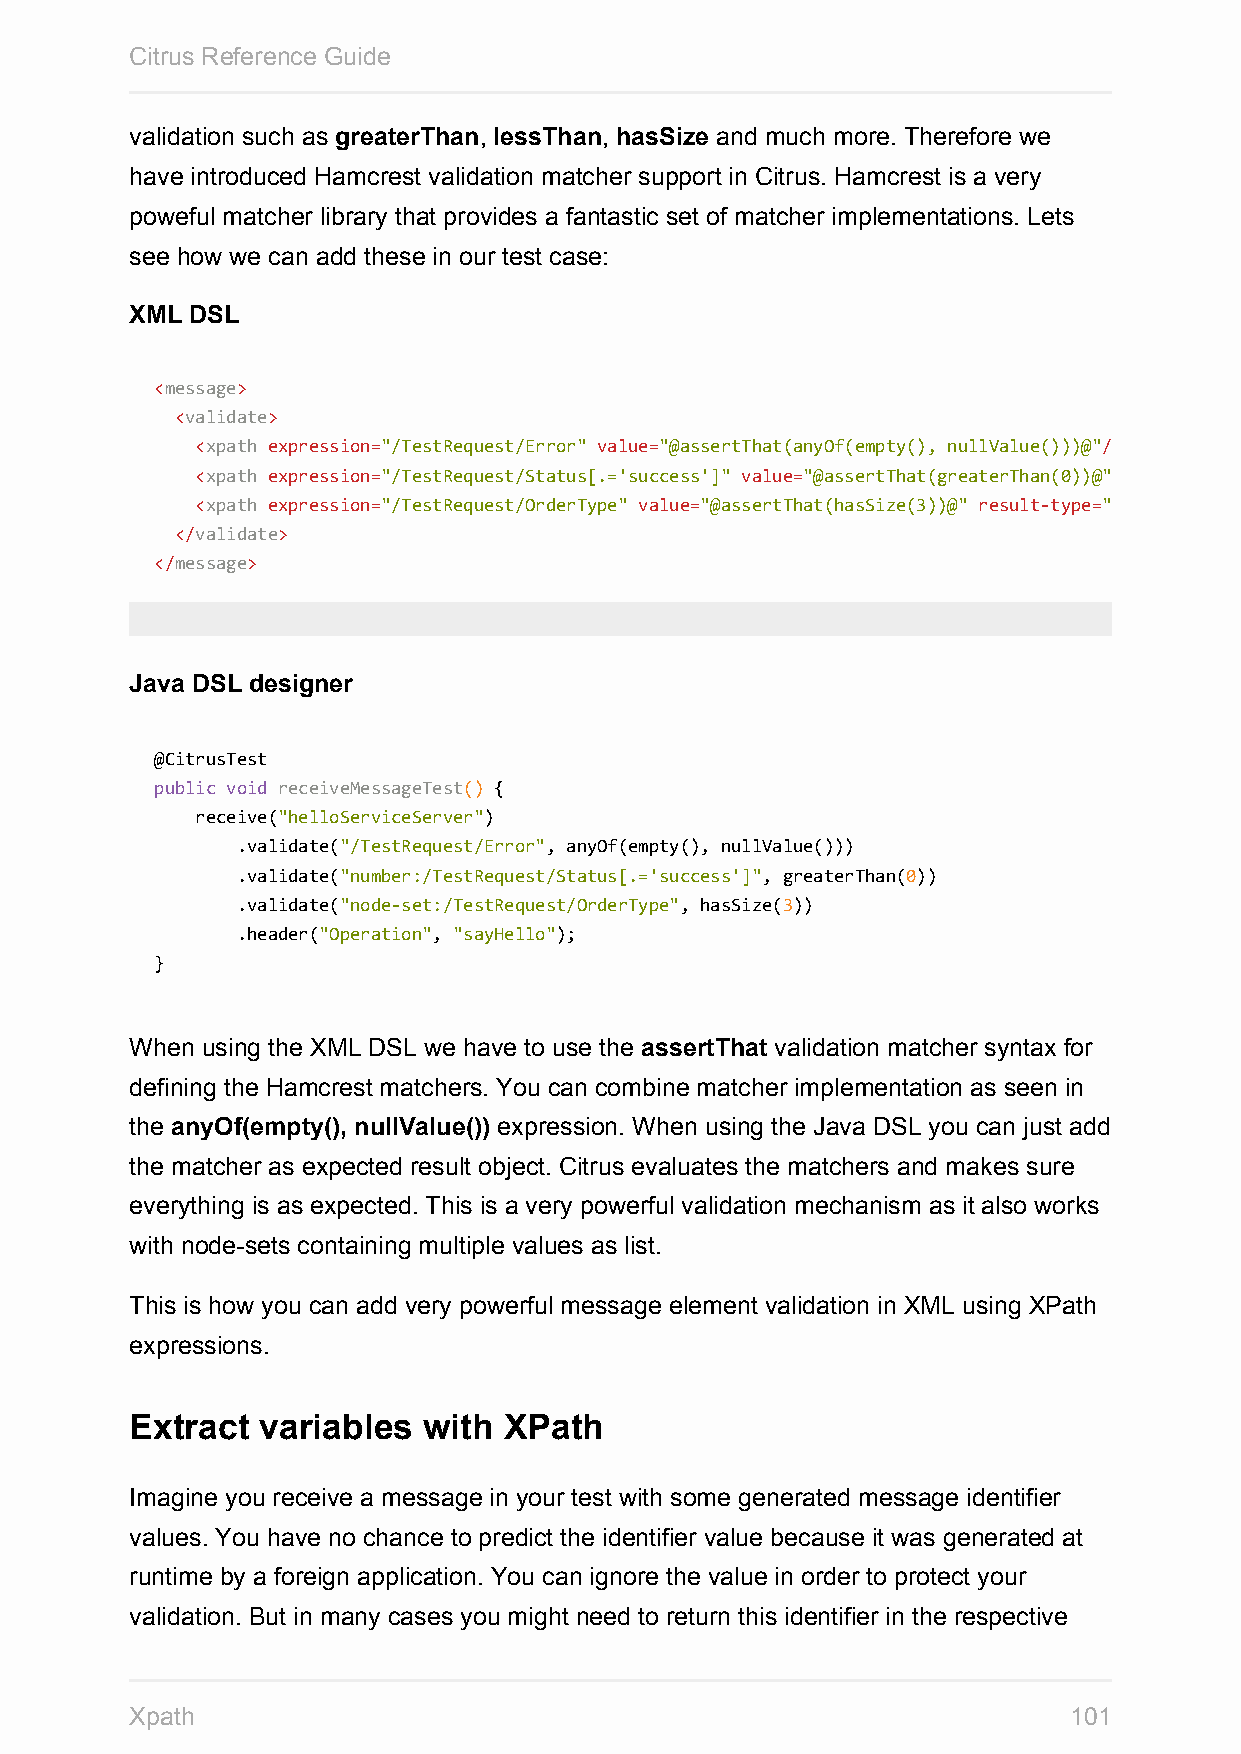
Citrus Reference Guide
 validation such as greaterThan, lessThan, hasSize and much more. Therefore we
 have introduced Hamcrest validation matcher support in Citrus. Hamcrest is a very
 poweful matcher library that provides a fantastic set of matcher implementations. Lets
 see how we can add these in our test case:
 XML DSL
 <message>
 <validate>
 <xpath expression="/TestRequest/Error" value="@assertThat(anyOf(empty(), nullValue()))@"/>
 <xpath expression="/TestRequest/Status[.='success']" value="@assertThat(greaterThan(0))@"
 <xpath expression="/TestRequest/OrderType" value="@assertThat(hasSize(3))@" result-type="node-set"
 </validate>
 </message>
 Java DSL designer
 @CitrusTest
 public void receiveMessageTest() {
 receive("helloServiceServer")
 .validate("/TestRequest/Error", anyOf(empty(), nullValue()))
 .validate("number:/TestRequest/Status[.='success']", greaterThan(0))
 .validate("node-set:/TestRequest/OrderType", hasSize(3))
 .header("Operation", "sayHello");
 }
 When using the XML DSL we have to use the assertThat validation matcher syntax for
 defining the Hamcrest matchers. You can combine matcher implementation as seen in
 the anyOf(empty(), nullValue()) expression. When using the Java DSL you can just add
 the matcher as expected result object. Citrus evaluates the matchers and makes sure
 everything is as expected. This is a very powerful validation mechanism as it also works
 with node-sets containing multiple values as list.
 This is how you can add very powerful message element validation in XML using XPath
 expressions.
 Extract variables  with XPath
 Imagine you receive a message in your test with some generated message identifier
 values. You have no chance to predict the identifier value because it was generated at
 runtime by a foreign application. You can ignore the value in order to protect your
 validation. But in many cases you might need to return this identifier in the respective
 Xpath                                                         101